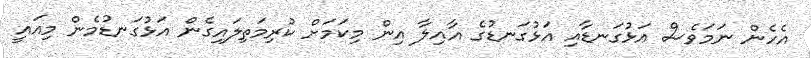
އެހެން ނަމަވެސް އަޅުގަނޑާއި އަޅުގަނޑުގެ އާއިލާ އިން މިކަމަށް ކުރިމަތިލައިގެން އަޅުގަނޑުމެން މިއައީ